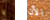
يا الآن